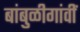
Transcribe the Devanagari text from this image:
बांबुळीगांवीं